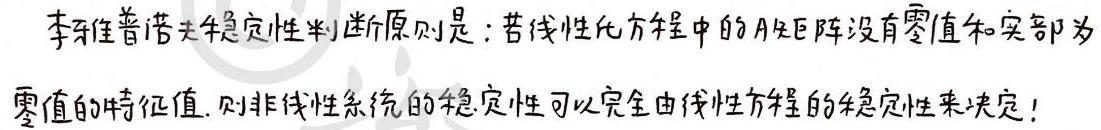
李雅普诺夫稳定性判断原则是：若线性化方程中的A矩阵没有零值和实部为零值的特征值，则非线性系统的稳定性可以完全由线性方程的稳定性来决定！